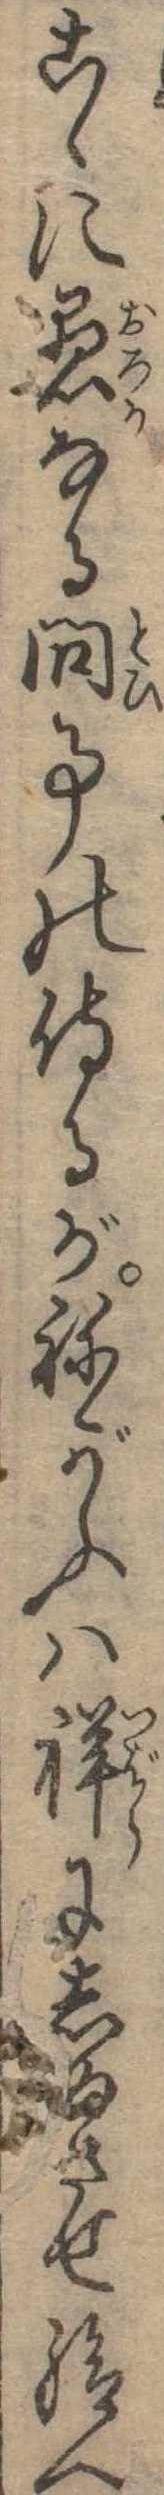
こゝに愚なる問事の侍るがねがふは詳にしめさせ給へ